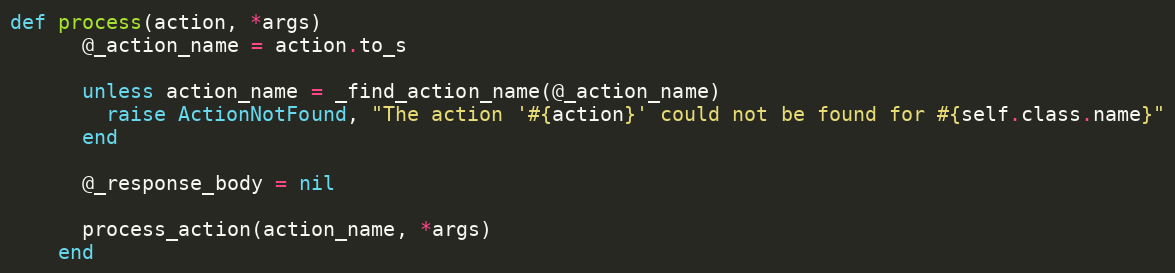
Language: Ruby
def process(action, *args)
      @_action_name = action.to_s

      unless action_name = _find_action_name(@_action_name)
        raise ActionNotFound, "The action '#{action}' could not be found for #{self.class.name}"
      end

      @_response_body = nil

      process_action(action_name, *args)
    end